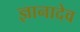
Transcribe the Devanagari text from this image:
ज्ञानादेव